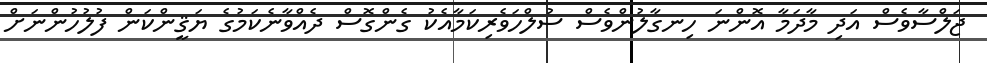
ޖަލްސާވެސް އަދި މާދަމާ އޮންނަ ހިނގާލުންވެސް ސުލްހަވެރިކަމާއެކު ގެންގޮސް ދެއްވާނެކަމުގެ ޔަޤީންކަން ފުލުހުންނަށް